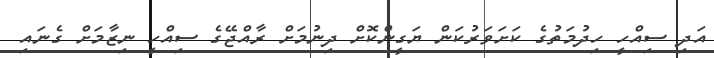
އަދި ސިއްހީ ހިދުމަތުގެ ކަށަވަރުކަން ޔަގީންކޮށް ދިނުމަށް ރާއްޖޭގެ ސިއްހީ ނިޒާމަށް ގެނައި